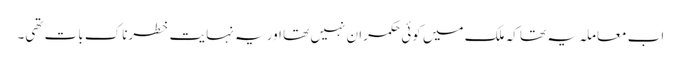
اب معاملہ یہ تھا کہ ملک میں کوئی حکمران نہیں تھا اور یہ نہایت خطرناک بات تھی۔